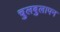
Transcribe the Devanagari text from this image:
चुलबुलापन